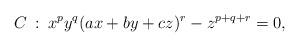
LaTeX: \begin{align*}C\::\: x^py^q(ax+by+cz)^r-z^{p+q+r}=0,\end{align*}